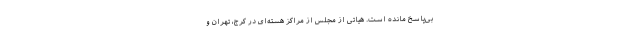
بی‌پاسخ مانده است. هیاتی از مجلس از مراکز هسته‌ای در کرج، تهران و